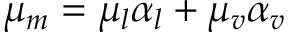
\mu _ { m } = \mu _ { l } \alpha _ { l } + \mu _ { v } \alpha _ { v }